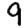
Digit: 9